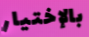
بالإختيار